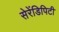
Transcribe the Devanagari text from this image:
सेरेंडिपिटी